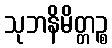
သုဘနိမိတ္တဉ္စ